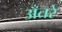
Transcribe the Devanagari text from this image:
अँतरे